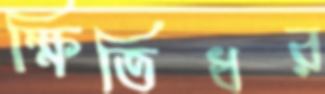
ক্ষিতিধর